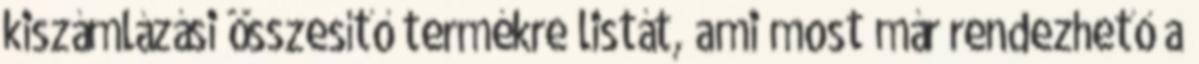
kiszámlázási összesítő termékre listát, ami most már rendezhető a